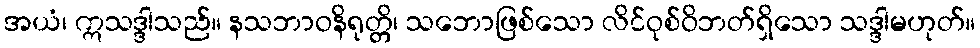
အယံ၊ ဣသဒ္ဒါသည်။ နသဘာဝနိရုတ္တိ၊ သဘောဖြစ်သော လိင်ဝုစ်ဝိဘတ်ရှိသော သဒ္ဒါမဟုတ်။